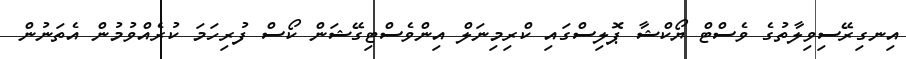
އިނގިރޭސިވިލާތުގެ ވެސްޓް ޔޯކްޝާ ޕޮލިސްގައި ކްރިމިނަލް އިންވެސްޓިގޭޝަން ކޯސް ފުރިހަމަ ކުރެއްވުމުން އެތަނުން